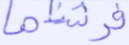
فرشناها